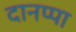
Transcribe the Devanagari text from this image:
दानप्पा